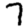
Digit: 7